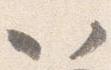
以